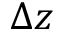
\Delta z